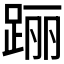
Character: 𰸐